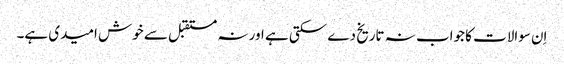
اِن سوالات کا جواب نہ تاریخ دے سکتی ہے اور نہ مستقبل سے خوش امیدی ہے۔